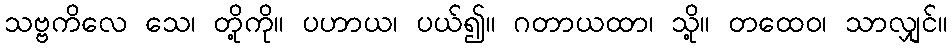
သဗ္ဗကိလေ သေ၊ တို့ကို။ ပဟာယ၊ ပယ်၍။ ဂတာယထာ၊ သို့။ တထေဝ၊ သာလျှင်။